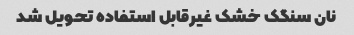
نان سنگک خشک غیرقابل استفاده تحویل شد